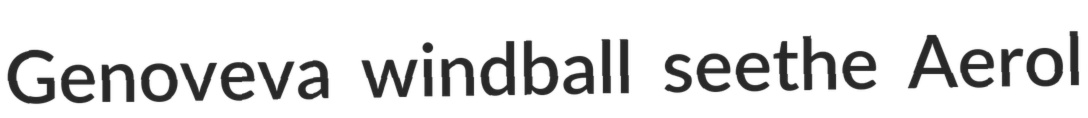
Genoveva windball seethe Aerol